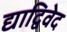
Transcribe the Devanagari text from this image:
द्याद्विवेद